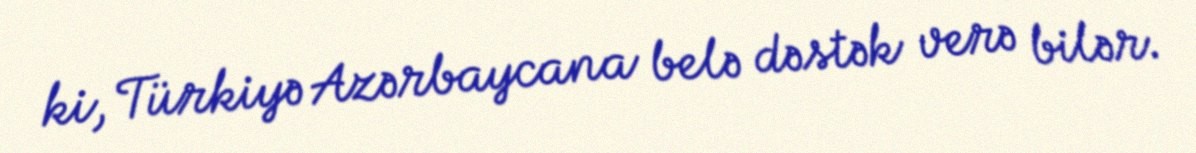
ki, Türkiyə Azərbaycana belə dəstək verə bilər.